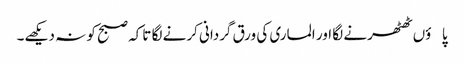
پاؤں ٹھٹھرنے لگا اور الماری کی ورق گردانی کرنے لگا تاکہ صبح کو نہ دیکھے۔